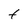
Character: t